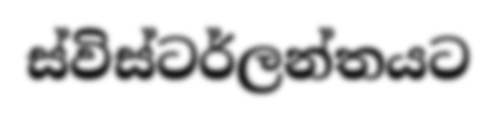
ස්විස්ටර්ලන්තයට